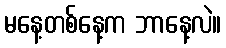
မနေ့တစ်နေ့က ဘာနေ့လဲ။